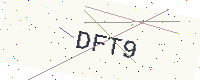
Text: DFT9